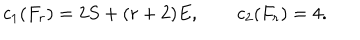
c _ { 1 } ( F _ { r } ) = 2 S + ( r + 2 ) E , \qquad c _ { 2 } ( F _ { r } ) = 4 .